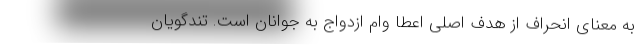
به معنای انحراف از هدف اصلی اعطا وام ازدواج به جوانان است. تندگویان